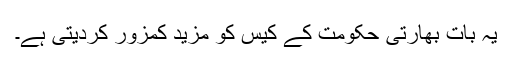
یہ بات بھارتی حکومت کے کیس کو مزید کمزور کردیتی ہے۔